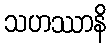
သဟဿာနိ